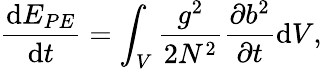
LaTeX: \frac{\mathrm{d}E_{PE}}{\mathrm{d}t}=\int_{V}\frac{g^{2}}{2N^{2}}\frac{\partial b^{2}}{\partial t}\mathrm{d}V,